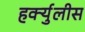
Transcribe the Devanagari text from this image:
हर्क्युलीस